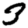
Digit: 3